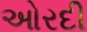
ઓરદી